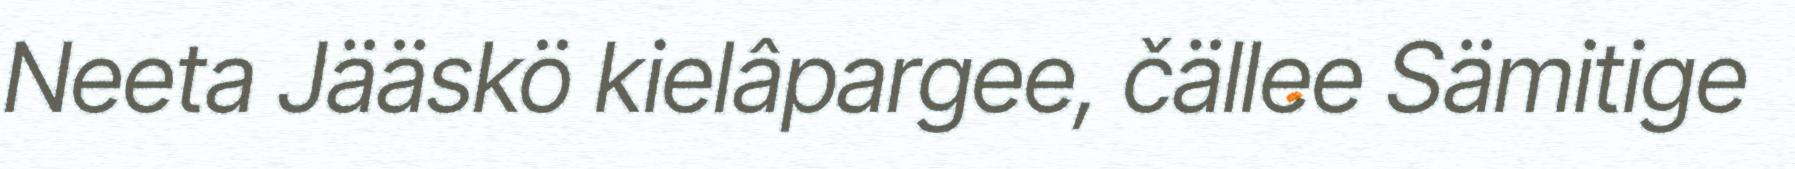
Neeta Jääskö kielâpargee, čällee Sämitige